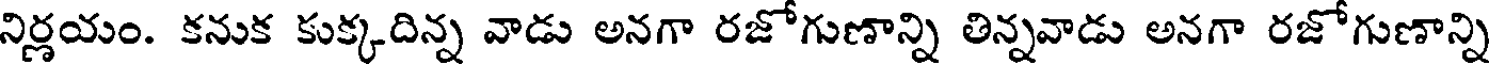
నిర్ణయం. కనుక కుక్కదిన్న వాడు అనగా రజోగుణాన్ని తిన్నవాడు అనగా రజోగుణాన్ని